Vaccine operations Central Provinces & Berar 1922-1929 - 1922-1929
Year: 1922
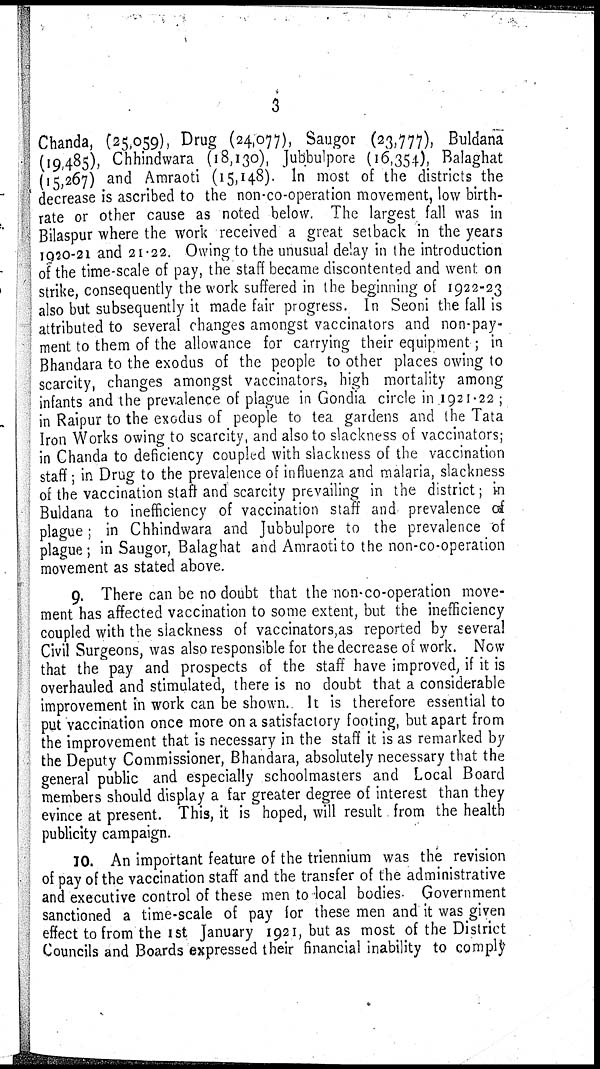
3
Chanda, (25,059), Drug (24,077), Saugor (23,777), Buldana
(19,485), Chhindwara (18,130), Jubbulpore (16,354), Balaghat
(15,267) and Amraoti (15,148). In most of the districts the
decrease is ascribed to the non-co-operation movement, low birth-
rate or other cause as noted below. The largest fall was in
Bilaspur where the work received a great setback in the years
1920-21 and 21.22. Owing to the unusual delay in the introduction
of the time-scale of pay, the staff became discontented and went on
strike, consequently the work suffered in the beginning of 1922-23
also but subsequently it made fair progress. In Seoni the fall is
attributed to several changes amongst vaccinators and non-pay-
ment to them of the allowance for carrying their equipment; in
Bhandara to the exodus of the people to other places owing to
scarcity, changes amongst vaccinators, high mortality among
infants and the prevalence of plague in Gondia circle in 1921-22 ;
in Raipur to the exodus of people to tea gardens and the Tata
Iron Works owing to scarcity, and also to slackness of vaccinators;
in Chanda to deficiency coupled with slackness of the vaccination
staff; in Drug to the prevalence of influenza and malaria, slackness
of the vaccination staff and scarcity prevailing in the district; in
Buldana to inefficiency of vaccination staff and prevalence of
plague; in Chhindwara and Jubbulpore to the prevalence of
plague; in Saugor, Balaghat and Amraoti to the non-co-operation
movement as stated above.
9. There can be no doubt that the non-co-operation move-
ment has affected vaccination to some extent, but the inefficiency
coupled with the slackness of vaccinators,as reported by several
Civil Surgeons, was also responsible for the decrease of work. Now
that the pay and prospects of the staff have improved, if it is
overhauled and stimulated, there is no doubt that a considerable
improvement in work can be shown. It is therefore essential to
put vaccination once more on a satisfactory footing, but apart from
the improvement that is necessary in the staff it is as remarked by
the Deputy Commissioner, Bhandara, absolutely necessary that the
general public and especially schoolmasters and Local Board
members should display a far greater degree of interest than they
evince at present. This, it is hoped, will result from the health
publicity campaign.
10. An important feature of the triennium was the revision
of pay of the vaccination staff and the transfer of the administrative
and executive control of these men to local bodies Government
sanctioned a time-scale of pay for these men and it was given
effect to from the 1st January 1921, but as most of the District
Councils and Boards expressed their financial inability to comply